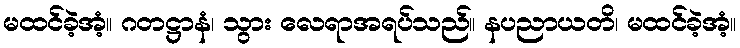
မထင်ခဲ့အံ့။ ဂတဋ္ဌာနံ၊ သွား လေရာအရပ်သည်။ နပညာယတိ၊ မထင်ခဲ့အံ့။